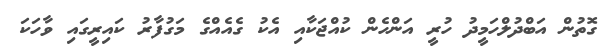
ގޮތުން އަބްދުލްހަމީދު ހުރީ އަންހެން ކުއްޖަކާއި އެކު ގެއެއްގެ މަގުފާރު ކައިރީގައި ވާހަކަ